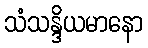
သံသန္ဒိယမာနော